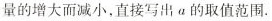
量的增大而减小，直接写出 a 的取值范围.